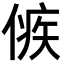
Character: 㑵